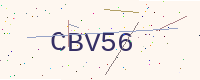
Text: CBV56